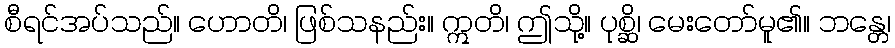
စီရင်အပ်သည်။ ဟောတိ၊ ဖြစ်သနည်း။ ဣတိ၊ ဤသို့။ ပုစ္ဆိ၊ မေးတော်မူ၏။ ဘန္တေ၊